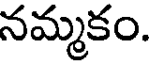
నమ్మకం.